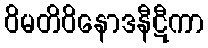
ဝိမတိဝိနောဒနီဋီကာ